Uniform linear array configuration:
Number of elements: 16
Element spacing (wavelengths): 0.75
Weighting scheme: cosine
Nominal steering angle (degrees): -30
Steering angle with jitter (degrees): -30.693
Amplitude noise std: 0.05
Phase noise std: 0.05

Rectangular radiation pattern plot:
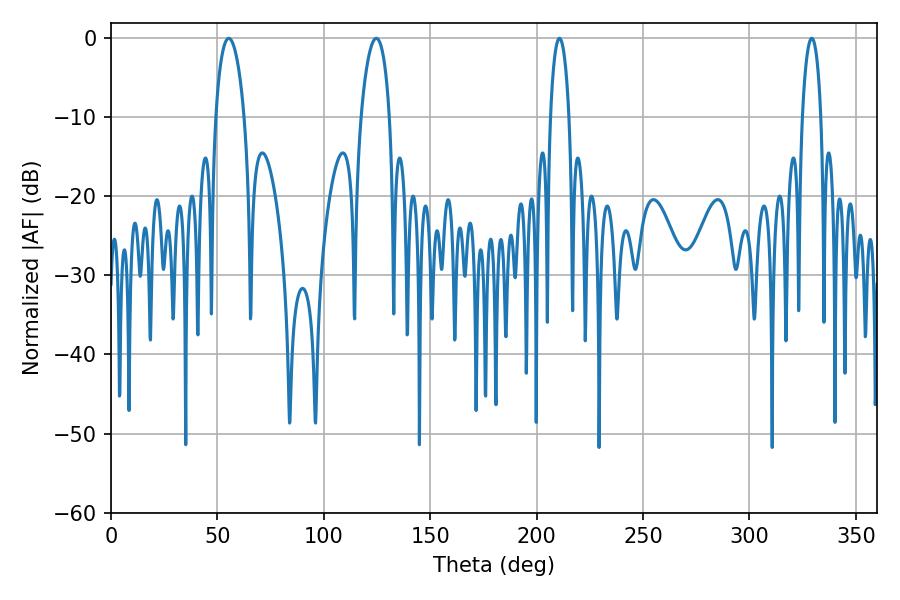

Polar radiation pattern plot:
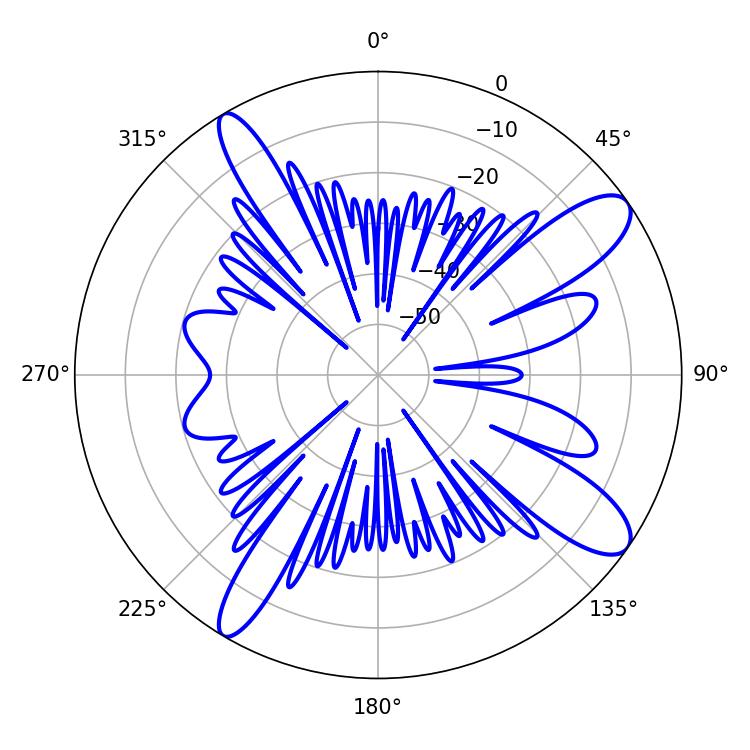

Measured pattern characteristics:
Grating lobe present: TRUE
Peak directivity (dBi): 11.54
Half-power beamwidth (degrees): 7.74
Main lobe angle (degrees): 55.26